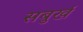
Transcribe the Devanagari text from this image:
सबुर्ख